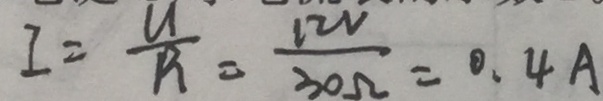
I = \frac { U } { R } = \frac { 1 2 V } { 3 0 \Omega } = 0 . 4 A